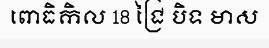
ពោធិកិល 18 ជ្រៃ បិទ មាស